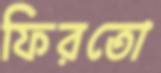
ফিরতো